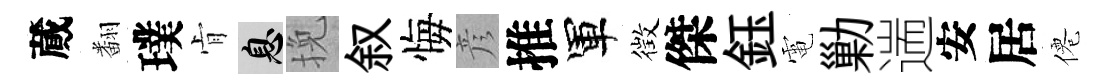
蕆翻璞肻息挽叙悔彦推軍徴傑鈺電勦遄安居僊